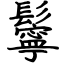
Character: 鬡